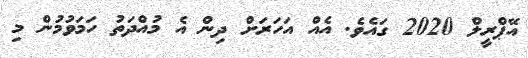
އޭޕްރީލް 2020 ގައެވެ. އެއް އަހަރަށް ދިން އެ މުއްދަތު ހަމަވުމުން މި